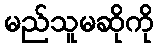
မည်သူမဆိုကို